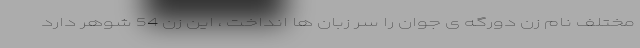
مختلف نام زن دورگه ی جوان را سر زبان ها انداخت ، این زن 54 شوهر دارد